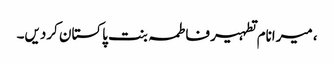
، میرانام تطہیر فاطمہ بنت پاکستان کردیں۔